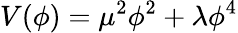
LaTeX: V(\phi)=\mu^{2}\phi^{2}+\lambda\phi^{4}